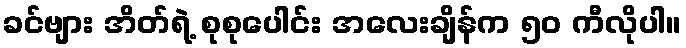
ခင်ဗျား အိတ်ရဲ့ စုစုပေါင်း အလေးချိန်က ၅၀ ကီလိုပါ။